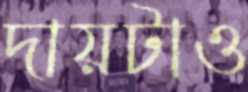
দায়টাও